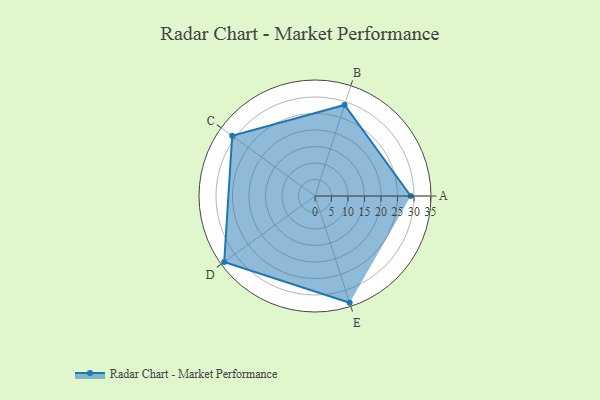
{"axis": {"x": "Skill", "y": "Score"}, "legend": ["Profile"], "data": [{"x": "A", "y": 29.0, "type": "Profile"}, {"x": "B", "y": 29.0, "type": "Profile"}, {"x": "C", "y": 31.0, "type": "Profile"}, {"x": "D", "y": 34.0, "type": "Profile"}, {"x": "E", "y": 34.0, "type": "Profile"}]}